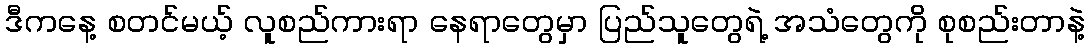
ဒီကနေ့ စတင်မယ့် လူစည်ကားရာ နေရာတွေမှာ ပြည်သူတွေရဲ့ အသံတွေကို စုစည်းတာနဲ့